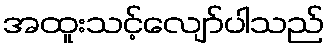
အထူးသင့်လျော်ပါသည်